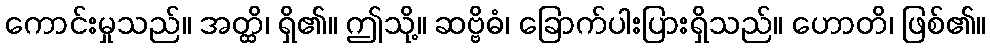
ကောင်းမှုသည်။ အတ္ထိ၊ ရှိ၏။ ဤသို့။ ဆဗ္ဗိဓံ၊ ခြောက်ပါးပြားရှိသည်။ ဟောတိ၊ ဖြစ်၏။